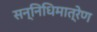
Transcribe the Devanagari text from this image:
सन्निधिमात्रेण